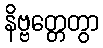
နိဗ္ဗတ္တေတွာ